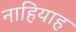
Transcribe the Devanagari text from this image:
नाहियाह